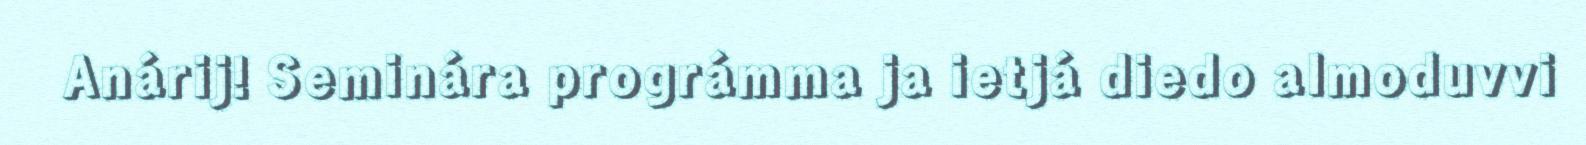
Anárij! Seminára prográmma ja ietjá diedo almoduvvi